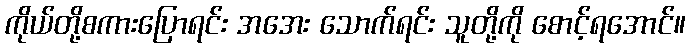
ကိုယ်တို့စကားပြောရင်း အအေး သောက်ရင်း သူတို့ကို စောင့်ရအောင်။